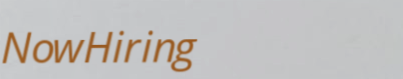
NowHiring